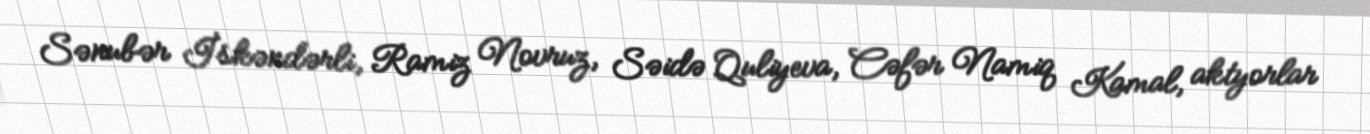
Sənubər İskəndərli, Ramiz Novruz, Səidə Quliyeva, Cəfər Namiq Kamal, aktyorlar